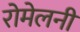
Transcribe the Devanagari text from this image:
रोमेलनी